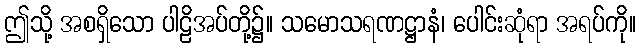
ဤသို့ အစရှိသော ပါဠိအပ်တို့၌။ သမောသရဏဋ္ဌာနံ၊ ပေါင်းဆုံရာ အရပ်ကို။